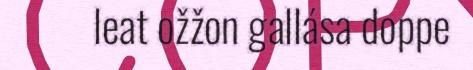
leat ožžon gallása doppe